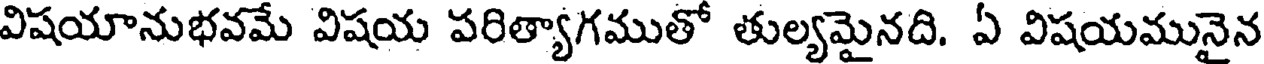
విషయానుభవమే విషయ పరిత్యాగముతో తుల్యమైనది. ఏ విషయమునైన